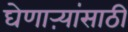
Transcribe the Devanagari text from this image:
घेणाऱ्यांसाठी